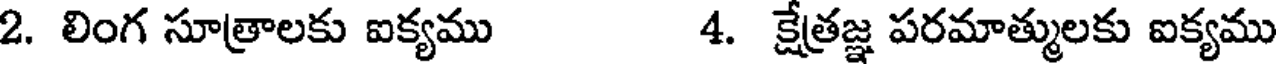
2. లింగ సూత్రాలకు ఐక్యము 4. క్షేత్రజ్ఞ పరమాత్ములకు ఐక్యము